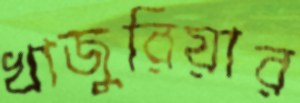
খাজুরিয়ার